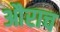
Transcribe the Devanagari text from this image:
औराच